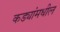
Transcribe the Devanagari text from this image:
कड्यांमधील